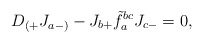
\begin{align*}D_{(+}J_{a-)}-J_{b+}\tilde{f}^{bc}_{a}J_{c-}=0,\end{align*}